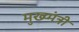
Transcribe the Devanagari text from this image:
मुख्य्मंत्री